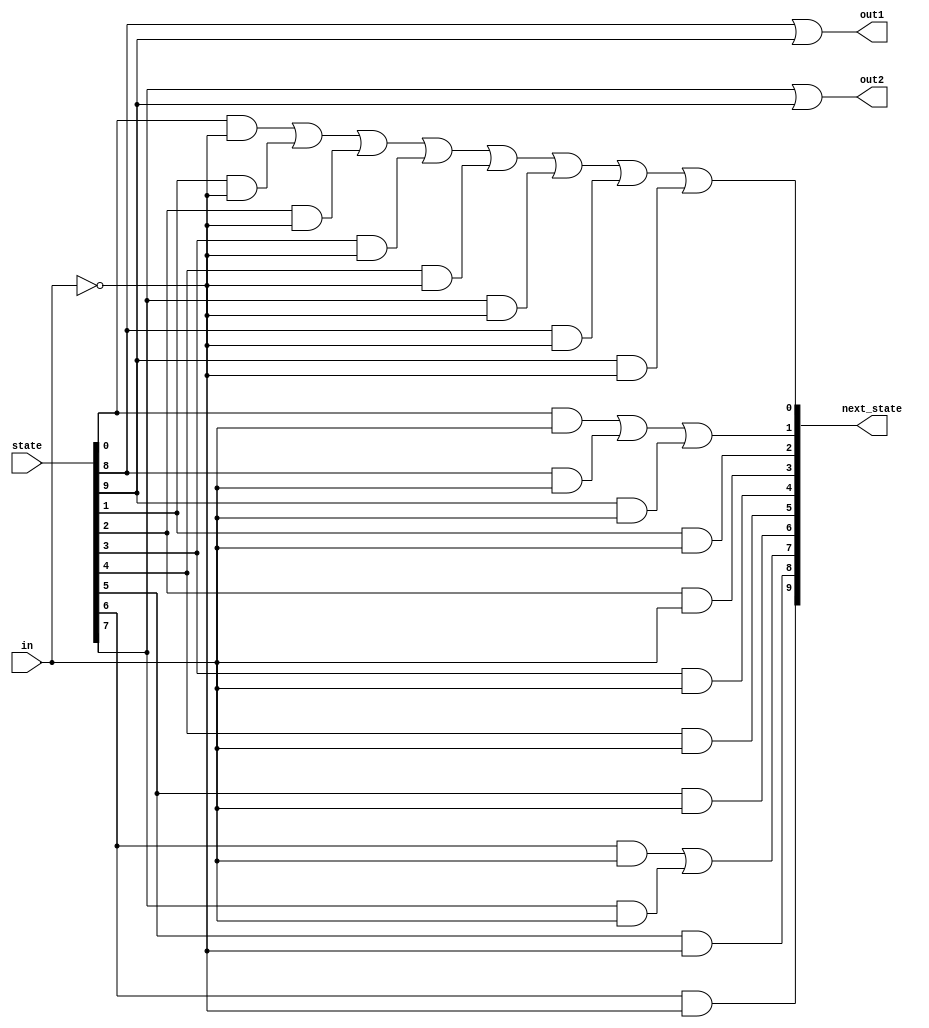
module top_module(
    input in,
    input [9:0] state,
    output [9:0] next_state,
    output out1,
    output out2);
	parameter s0 = 0, s1 = 1, s2 = 2, s3 = 3, s4 = 4, s5 = 5, s6 = 6, s7 = 7, s8 = 8, s9 = 9;
    
    assign next_state[s0] = (state[s0]&~in) | (state[s1]&~in) | (state[s2]&~in) | (state[s3]&~in) | (state[s4]&~in) | (state[s7]&~in) | (state[s8]&~in) | (state[s9]&~in);
    assign next_state[s1] = (state[s0]&in) | (state[s8]&in) | (state[s9]&in);
    assign next_state[s2] = (state[s1]&in);
    assign next_state[s3] = (state[s2]&in);
    assign next_state[s4] = (state[s3]&in);
    assign next_state[s5] = (state[s4]&in);
    assign next_state[s6] = (state[s5]&in);
    assign next_state[s7] = (state[s6]&in) | (state[s7]&in);
    assign next_state[s8] = (state[s5]&~in);
    assign next_state[s9] = (state[s6]&~in);
    
    assign out1 = state[s8] | state[s9];
    assign out2 = state[s7] | state[s9];
    
endmodule